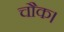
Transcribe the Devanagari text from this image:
चौक।